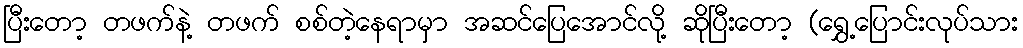
ပြီးတော့ တဖက်နဲ့ တဖက် စစ်တဲ့နေရာမှာ အဆင်ပြေအောင်လို့ ဆိုပြီးတော့ (ရွှေ့ပြောင်းလုပ်သား